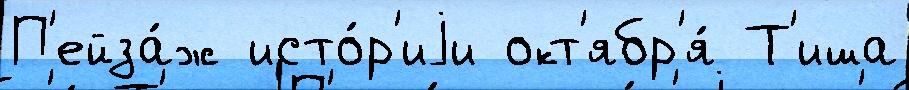
П'ейза́ж исто́р'иjи окт'ябр'я́ Т'иша